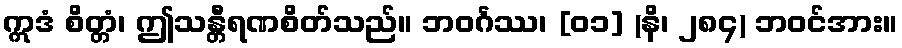
ဣဒံ စိတ္တံ၊ ဤသန္တီရဏစိတ်သည်။ ဘဝင်္ဂဿ၊ [၀၁] (နိ၊ ၂၈၄) ဘဝင်အား။